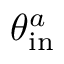
\theta _ { \mathrm { i n } } ^ { a }